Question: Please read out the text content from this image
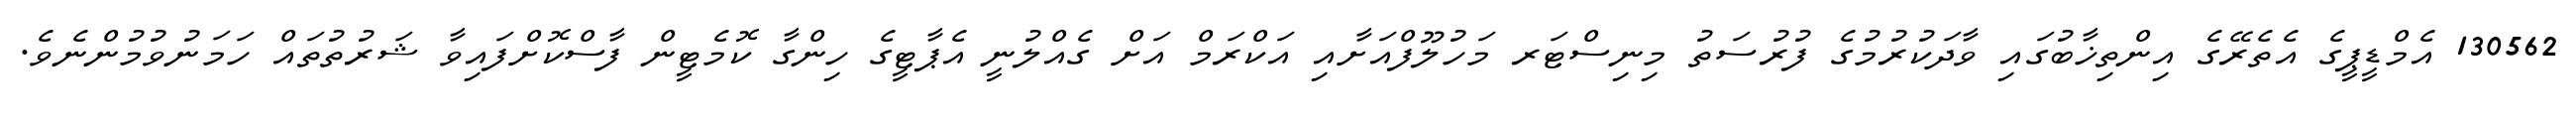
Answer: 130562 އެމްޑީޕީގެ އެތެރޭގެ އިންތިޚާބުގައި ވާދަކުރުމުގެ ފުރުސަތު މިނިސްޓަރ މަހުލޫފްއަށާއި އަކްރަމް އަށް ގެއްލުނީ އެޕާޓީގެ ހިންގާ ކޮމެޓީން ފާސްކޮށްފައިވާ ޝަރުތުތައް ހަމަނުވުމުންނެވެ.